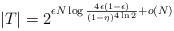
LaTeX: \begin{align*} |T|=2^{\epsilon N\log\frac{4\epsilon(1-\epsilon)}{(1-\eta)^{4\ln2}}+o(N)}\end{align*}